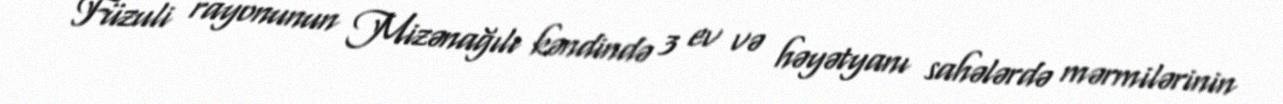
Füzuli rayonunun Mizənağılı kəndində 3 ev və həyətyanı sahələrdə mərmilərinin